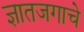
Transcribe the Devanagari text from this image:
ज्ञातजगाचे